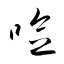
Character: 唸